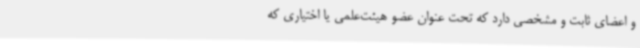
و اعضای ثابت و مشخصی دارد که تحت عنوان عضو هیئت‌علمی یا اختیاری که